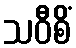
သဝီစိံ